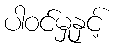
ပါဝင်မှုနှင့်